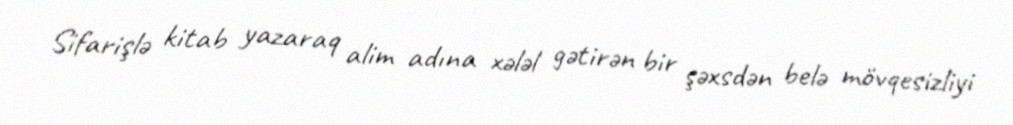
Sifarişlə kitab yazaraq alim adına xələl gətirən bir şəxsdən belə mövqesizliyi